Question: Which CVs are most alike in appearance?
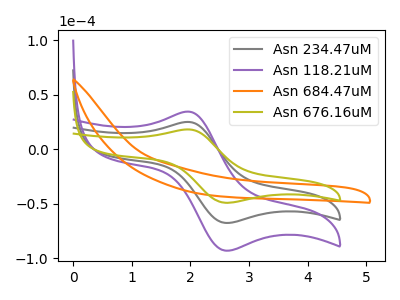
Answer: <think>The gray curve "Asn 234.47uM" has an anodic peak at (1.95V, 25.10uA) and a cathodic peak at (2.60V, -67.50uA). The purple curve "Asn 118.21uM" has an anodic peak at (1.95V, 50.15uA) and a cathodic peak at (2.60V, -134.95uA). The orange curve "Asn 684.47uM" has no peaks. The olive curve "Asn 676.16uM" has an anodic peak at (1.95V, 18.20uA) and a cathodic peak at (2.60V, -49.00uA).
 All the peaks in "Asn 234.47uM" have a peak in "Asn 118.21uM" at the same potential. Every peak in "Asn 234.47uM" is lower than every peak in "Asn 118.21uM". "Asn 234.47uM" and "Asn 684.47uM" have a different number of peaks. All the peaks in "Asn 234.47uM" have a peak in "Asn 676.16uM" at the same potential. Every peak in "Asn 234.47uM" is higher than every peak in "Asn 676.16uM". "Asn 118.21uM" and "Asn 684.47uM" have a different number of peaks. All the peaks in "Asn 118.21uM" have a peak in "Asn 676.16uM" at the same potential. Every peak in "Asn 118.21uM" is higher than every peak in "Asn 676.16uM". "Asn 684.47uM" and "Asn 676.16uM" have a different number of peaks.</think>
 <answer>"Asn 676.16uM", "Asn 234.47uM" and "Asn 118.21uM" have the same shape and are likely CV's of the same chemical.</answer>
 <eval>"Asn 676.16uM" "Asn 234.47uM" "Asn 118.21uM"</eval>